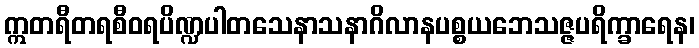
ဣတရီတရစီဝရပိဏ္ဍပါတသေနာသနာဂိလာနပစ္စယဘေသဇ္ဇပရိက္ခာရေန၊